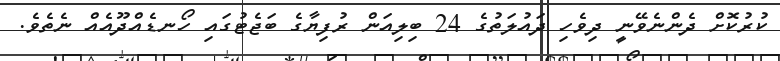
ކުރުކޮށް ދެންނެވޭނީ ދިވެހި ދައުލަތުގެ 24 ބިލިއަން ރުފިޔާގެ ބަޖެޓުގައި ހޯނޑެއްދޫއެއް ނެތެވެ.